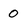
Character: 0